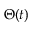
\Theta ( t )